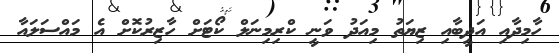
ހާމިދާއި އަދީބާއި ޒިޔަތު މިއަދު ވަނީ ކްރިމިނަލް ކޯޓަށް ހާޒިރުކޮށް އެ މައްސަލައާ